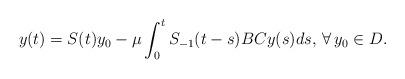
LaTeX: \begin{align*}y(t)=S(t)y_0-\mu \int_0^t S_{-1}(t-s) BC y(s) ds,\, \forall \, y_0\in D.\end{align*}